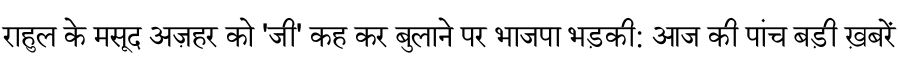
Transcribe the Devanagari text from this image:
राहुल के मसूद अज़हर को 'जी' कह कर बुलाने पर भाजपा भड़की: आज की पांच बड़ी ख़बरें